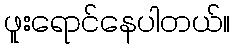
ဖူးရောင်နေပါတယ်။